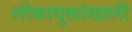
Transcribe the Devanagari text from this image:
लोकायुक्तांखाली